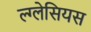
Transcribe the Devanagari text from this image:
ल्ग्लेसियस